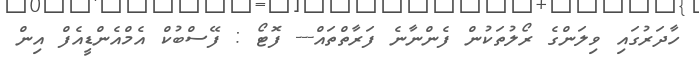
ހާދަރުގައި ވިލަންގެ ރޯލުތަކުން ފެންނާނެ ފަރާތްތައް--- ފޮޓޯ : ފޭސްބުކް އެމްއެންޑީއެފް އިން